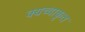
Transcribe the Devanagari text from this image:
क्यच्वाकृत